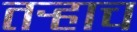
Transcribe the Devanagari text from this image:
तर्‍हाच